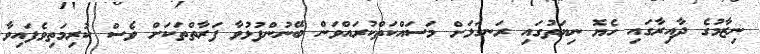
ނިޒާމުގެ ދާއިރާގައި ހެޔޮ ނިޔަތުގައި ރަނގަޅަށް މަސައްކަތްކުރައްވަން ބޭނުންފުޅުވާ ފަރާތްތަކަށް ވެސް ކުރިމަތިވެފައިވާ